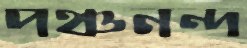
পঞ্চনন্দ